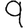
Digit: 9